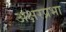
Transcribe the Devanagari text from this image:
अक्षरप्रभा